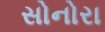
સોનોરા